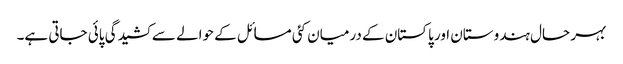
بہر حال ہندوستان اور پاکستان کے درمیان کئی مسائل کے حوالے سے کشیدگی پائی جاتی ہے۔